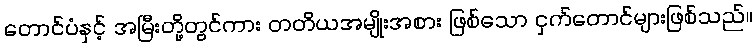
တောင်ပံနှင့် အမြီးတို့တွင်ကား တတိယအမျိုးအစား ဖြစ်သော ငှက်တောင်များဖြစ်သည်။